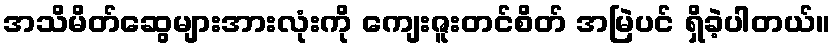
အသိမိတ်ဆွေများအားလုံးကို ကျေးဇူးတင်စိတ် အမြဲပင် ရှိခဲ့ပါတယ်။